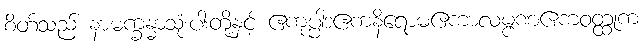
စိတ်သည် နာမက္ခန္ဓာသုံးပါးတို့နှင့် ဧကုပ္ပါဒဧကနိရောဓဧကာလမ္ဗဏဧကဝတ္ထုက